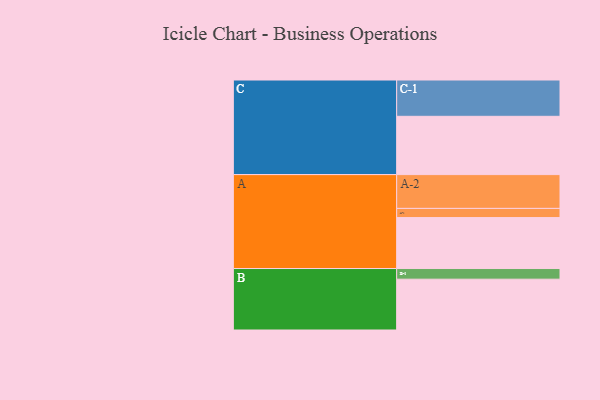
{"axis": {"x": "Segment", "y": "Value"}, "legend": ["", "A", "B", "C"], "data": [{"x": "A", "y": 383, "type": ""}, {"x": "B", "y": 382, "type": ""}, {"x": "C", "y": 438, "type": ""}, {"x": "A-1", "y": 69, "type": "A"}, {"x": "A-2", "y": 254, "type": "A"}, {"x": "B-1", "y": 80, "type": "B"}, {"x": "C-1", "y": 273, "type": "C"}]}